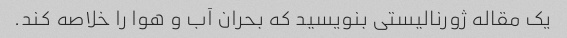
یک مقاله ژورنالیستی بنویسید که بحران آب و هوا را خلاصه کند.